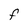
Character: F